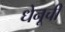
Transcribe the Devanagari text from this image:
धेनूची